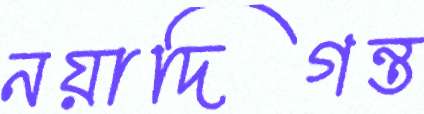
নয়াদিগন্ত